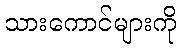
သားကောင်များကို